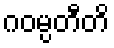
ဂဝမ္ပတီတိ